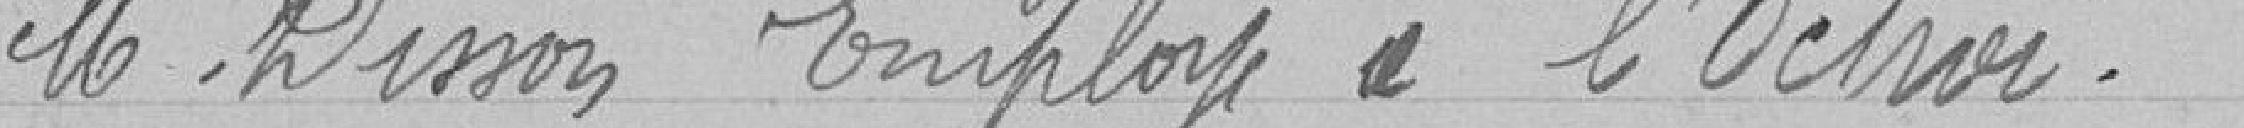
Monsieur Disson Employé à l'Octroi.